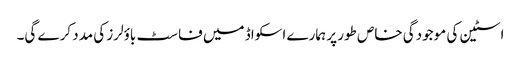
اسٹین کی موجودگی خاص طور پر ہمارے اسکواڈ میں فاسٹ باؤلرز کی مدد کرے گی۔